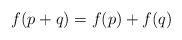
LaTeX: \begin{align*}f(p+q)=f(p)+f(q)\end{align*}